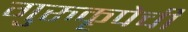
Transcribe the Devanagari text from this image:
गुरुकृपेची